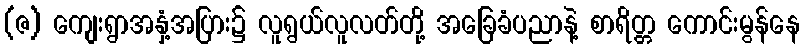
(ဇ) ကျေးရွာအနှံ့အပြား၌ လူရွယ်လူလတ်တို့ အခြေခံပညာနဲ့ စာရိတ္တ ကောင်းမွန်နေ